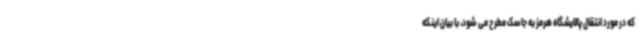
که در مورد انتقال پالایشگاه هرمز به جاسک مطرح می شود، با بیان اینکه